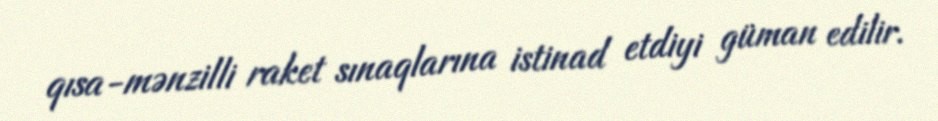
qısa-mənzilli raket sınaqlarına istinad etdiyi güman edilir.